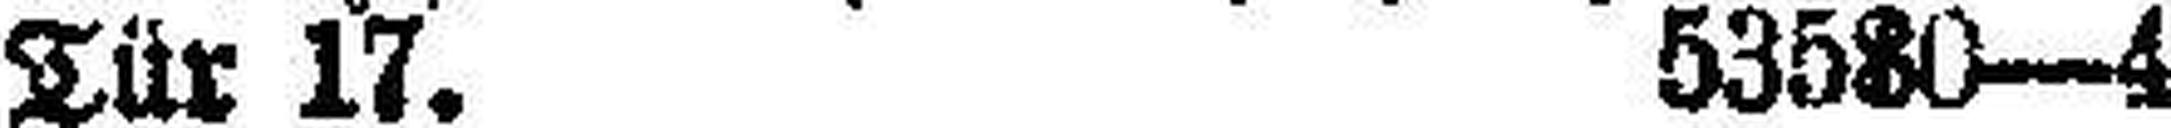
Tür 17. 53580—4